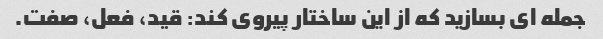
جمله ای بسازید که از این ساختار پیروی کند: قید، فعل، صفت.